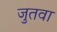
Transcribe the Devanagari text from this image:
जुतवा